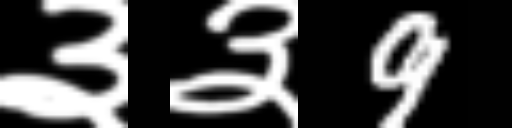
Text: ३३9